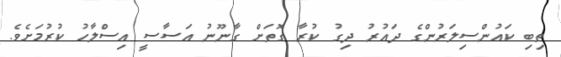
ތިބި ކައުންސިލަރުންގެ ދައުރު ދިގު ކުރާ ގޮތަށް ގާނޫނު އަސާސީ އިސްލާހު ކުރުމަށެވެ.